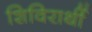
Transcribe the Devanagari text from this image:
शिविरार्थी